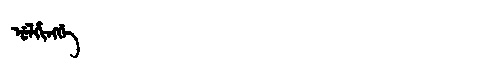
Manchu: ᡠᠯᡥᡳᠩᡤᡝ
Romanization: ULHINGGE